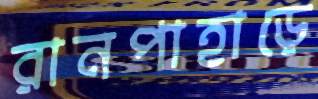
রানপাহাড়ে